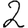
Digit: 2